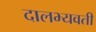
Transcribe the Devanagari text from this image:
दालभ्यवती